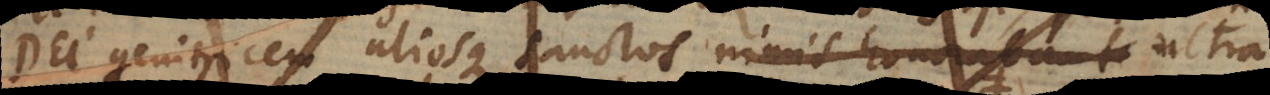
Dei genitricem aliosque sanctos nimis ultra